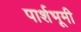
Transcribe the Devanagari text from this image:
पार्शभूमी